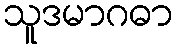
သူဒမာဂဓာ